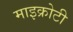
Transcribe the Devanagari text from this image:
माइक्रोटी